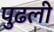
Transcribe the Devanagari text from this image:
पुढली